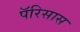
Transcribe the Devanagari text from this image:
पॅरिसास